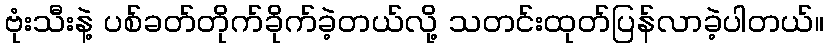
ဗုံးသီးနဲ့ ပစ်ခတ်တိုက်ခိုက်ခဲ့တယ်လို့ သတင်းထုတ်ပြန်လာခဲ့ပါတယ်။